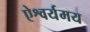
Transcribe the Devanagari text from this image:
ऐश्वर्यमय